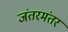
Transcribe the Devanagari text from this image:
जंतरमंतर